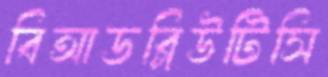
বিআডব্লিউটিসি